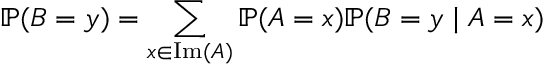
\mathbb { P } ( B = y ) = \sum _ { x \in \mathrm { I m } ( A ) } \mathbb { P } ( A = x ) \mathbb { P } ( B = y \mid A = x )